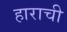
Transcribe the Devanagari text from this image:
हाराची